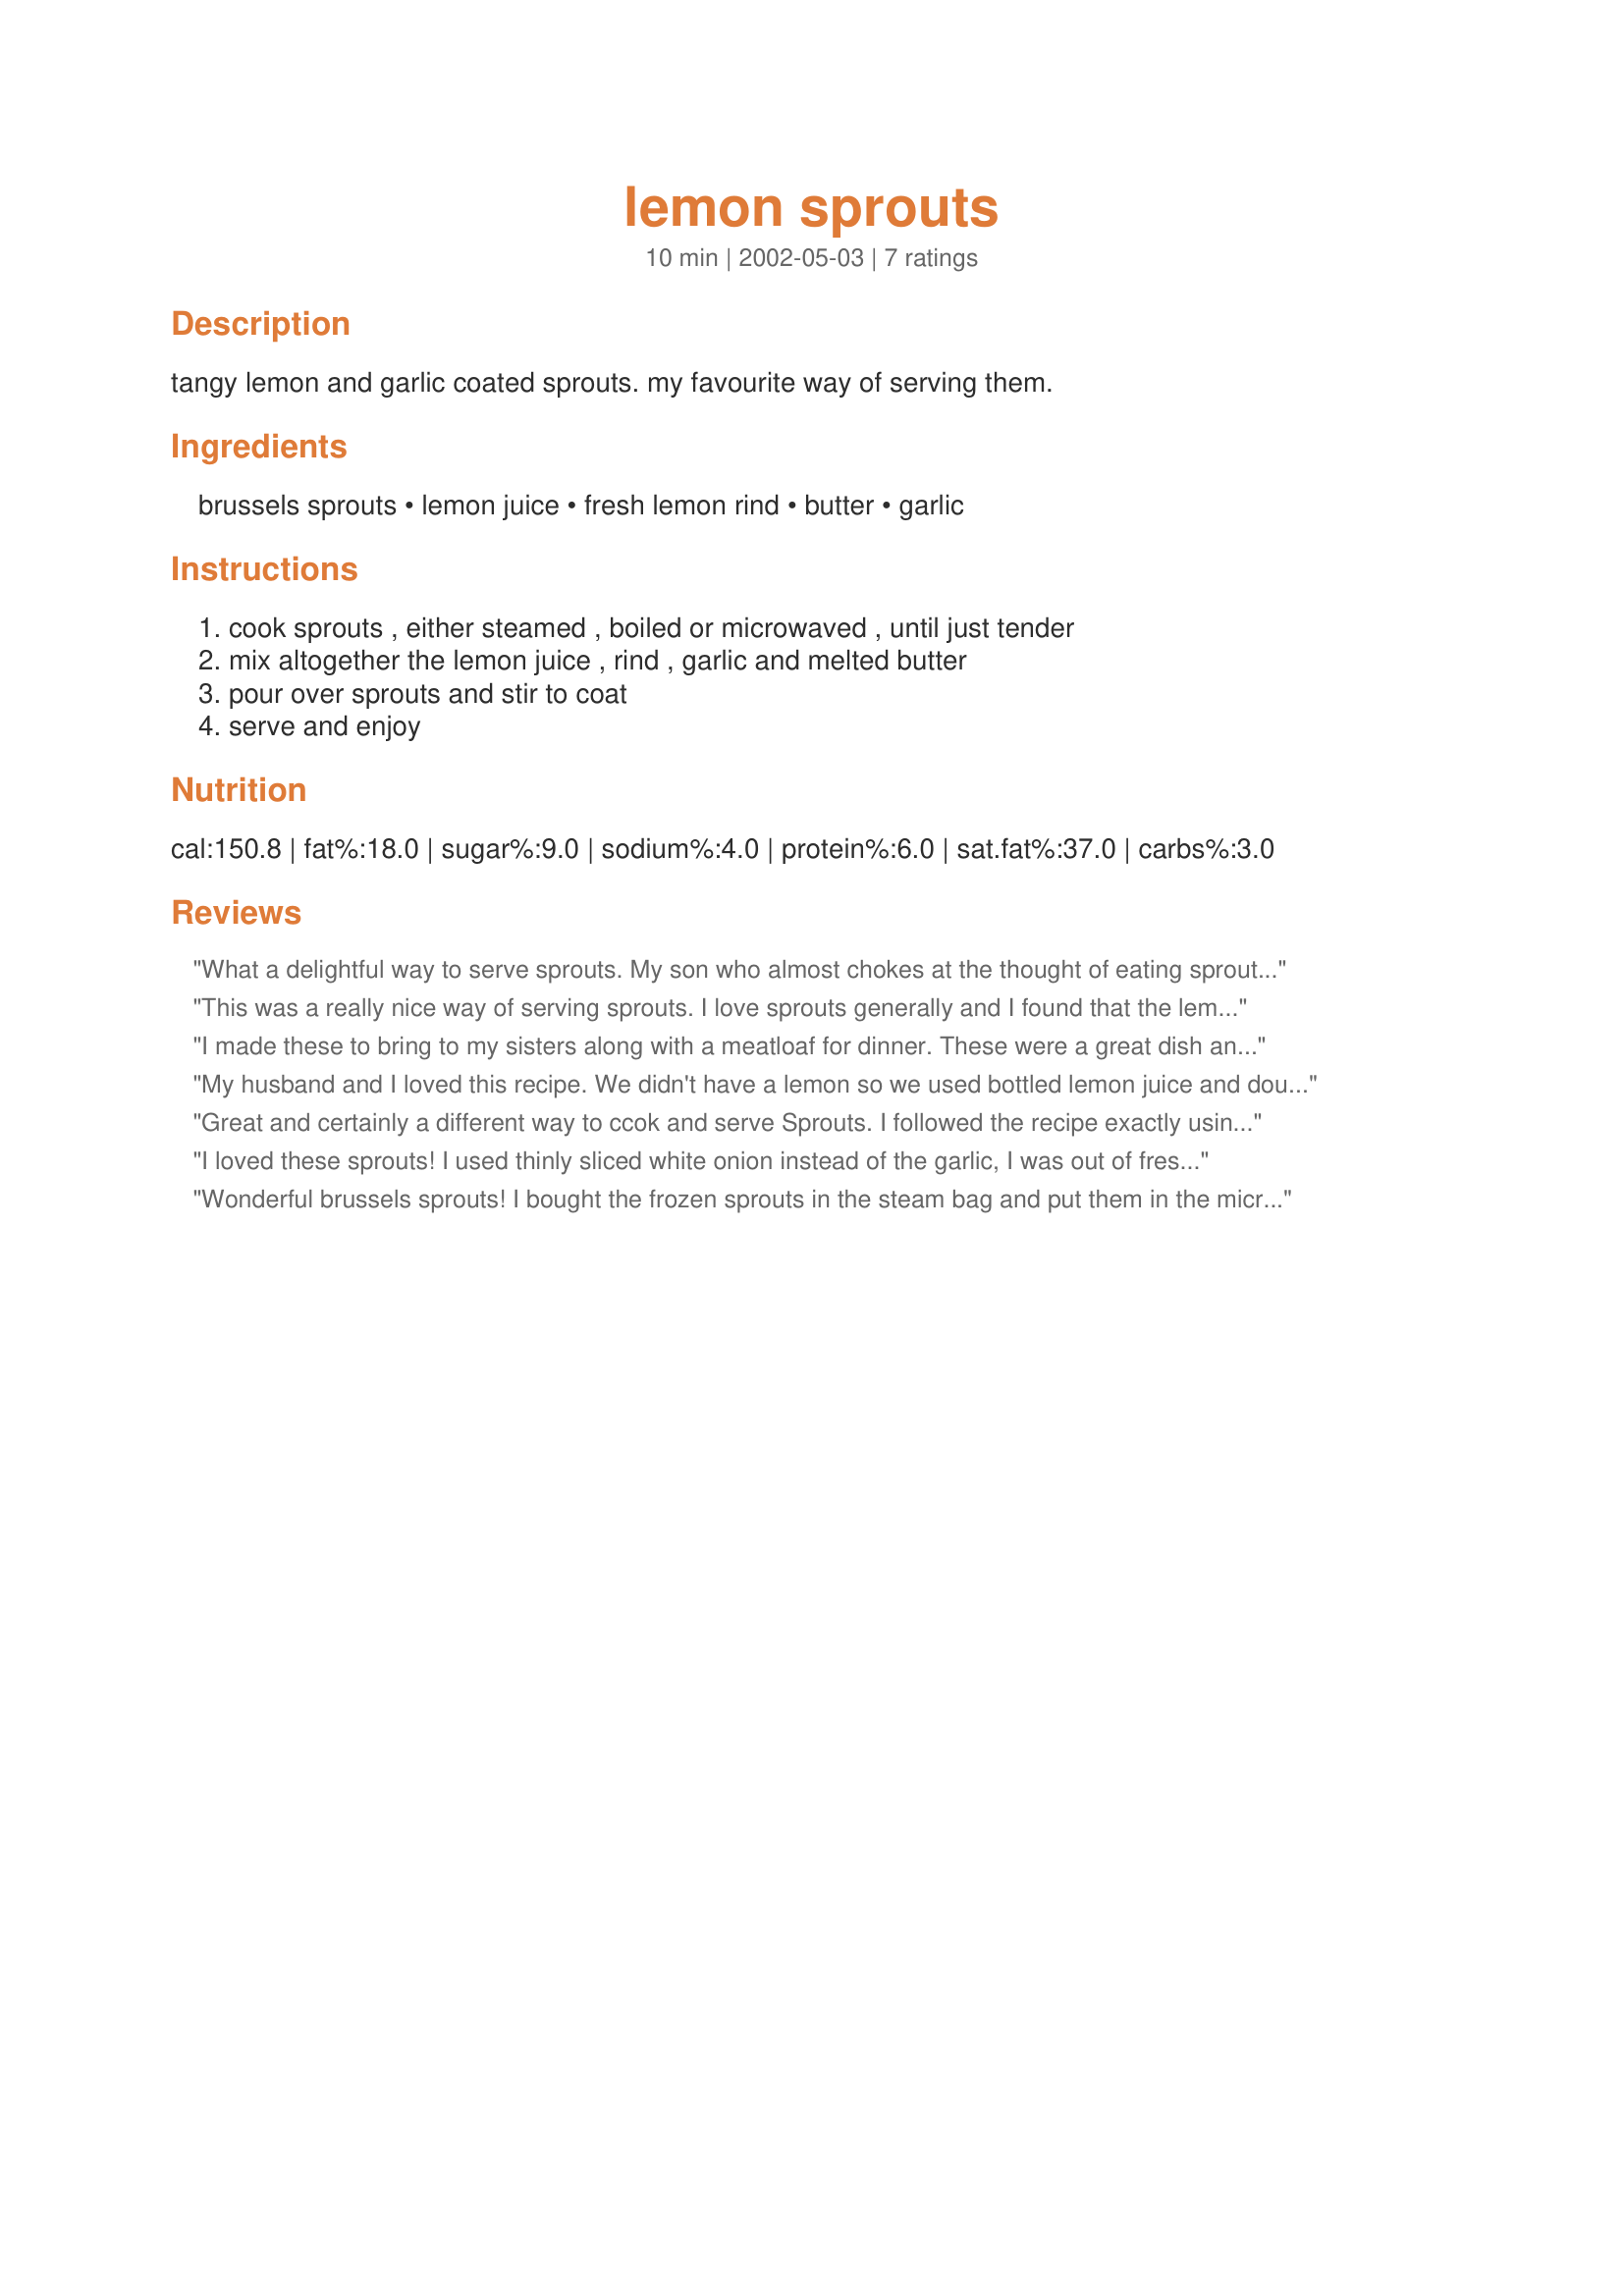
lemon sprouts
Preparation time: 10 minutes

tangy lemon and garlic coated sprouts. my favourite way of serving them.

Ingredients:
brussels sprouts, lemon juice, fresh lemon rind, butter, garlic

Steps:
cook sprouts , either steamed , boiled or microwaved , until just tender, mix altogether the lemon juice , rind , garlic and melted butter, pour over sprouts and stir to coat, serve and enjoy

Reviews:
What a delightful way to serve sprouts. My son who almost chokes at the thought of eating sprouts thinks that this is a terrific way to eat them. I used 3 cloves of garlic. In addtion, I sprinkled freshly cracked black pepper over them. Thank you Jenny. You gave me another way to enjoy eating my yummy sprouts.
This was a really nice way of serving sprouts. I love sprouts generally and I found that the lemon butter combination really lifted the taste and made the sprouts taste even more fresh. I used a low fat margarine to keep the fat levels down and it still worked that way and tasted great. Made for recipe swap in the Australia and New Zealand community forum.
I made these to bring to my sisters along with a meatloaf for dinner. These were a great dish and is one of my favorite ways to make brussel sprouts!
My husband and I loved this recipe. We didn't have a lemon so we used bottled lemon juice and doubled the amount. We also sauted some chopped onion to add a little more flavor. Thanks for the great recipe!
Great and certainly a different way to ccok and serve Sprouts.
I followed the recipe exactly using fresh Sprouts.
Next time I will cut the juice to 1 reaspoon, only for me, but then on the otherhand DS commented on the wonderful flavours of the lemon. I par steamed the Sprouts and then finished them with a light roasting in the oven, before adding the the lemon mix.
These were just fantastic Jen.
I will be certainly making this recipe again. Thanks Jen.
I loved these sprouts! I used thinly sliced white onion instead of the garlic, I was out of fresh garlic!!! Hard to believe, I know!!
A nice lemony, buttery sauce!
Wonderful brussels sprouts! I bought the frozen sprouts in the steam bag and put them in the microwave for 5 minutes. Added the butter mixture minus the lemon rind, didnt have a lemon, and enjoyed every bite. DH doesnt care for them so I didnt have to share. :) Thank you Jen T for posting! Made and reviewed for the Australia/NewZealand Forums Recipe Swap #24,
